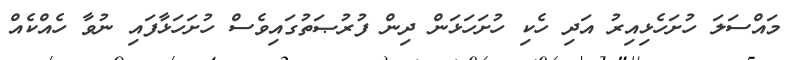
މައްސަލަ ހުށަހެޅިއިރު އަދި ހެކި ހުށަހަޅަން ދިން ފުރުޞަތުގައިވެސް ހުށަހަޅާފައި ނުވާ ހެއްކެއް